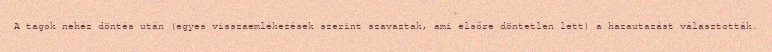
A tagok nehéz döntés után (egyes visszaemlékezések szerint szavaztak, ami elsőre döntetlen lett) a hazautazást választották.